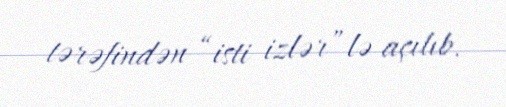
tərəfindən “isti izlər”lə açılıb.